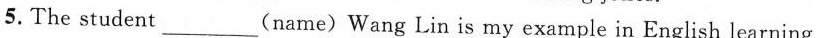
5.The student ___(name) Wang Lin is my example in English learning